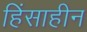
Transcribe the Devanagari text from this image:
हिंसाहीन